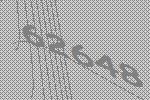
62648